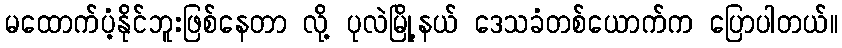
မထောက်ပံ့နိုင်ဘူးဖြစ်နေတာ လို့ ပုလဲမြို့နယ် ဒေသခံတစ်ယောက်က ပြောပါတယ်။